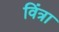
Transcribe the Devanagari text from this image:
विंत्रा